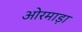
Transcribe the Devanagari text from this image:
ओरमाड़ा